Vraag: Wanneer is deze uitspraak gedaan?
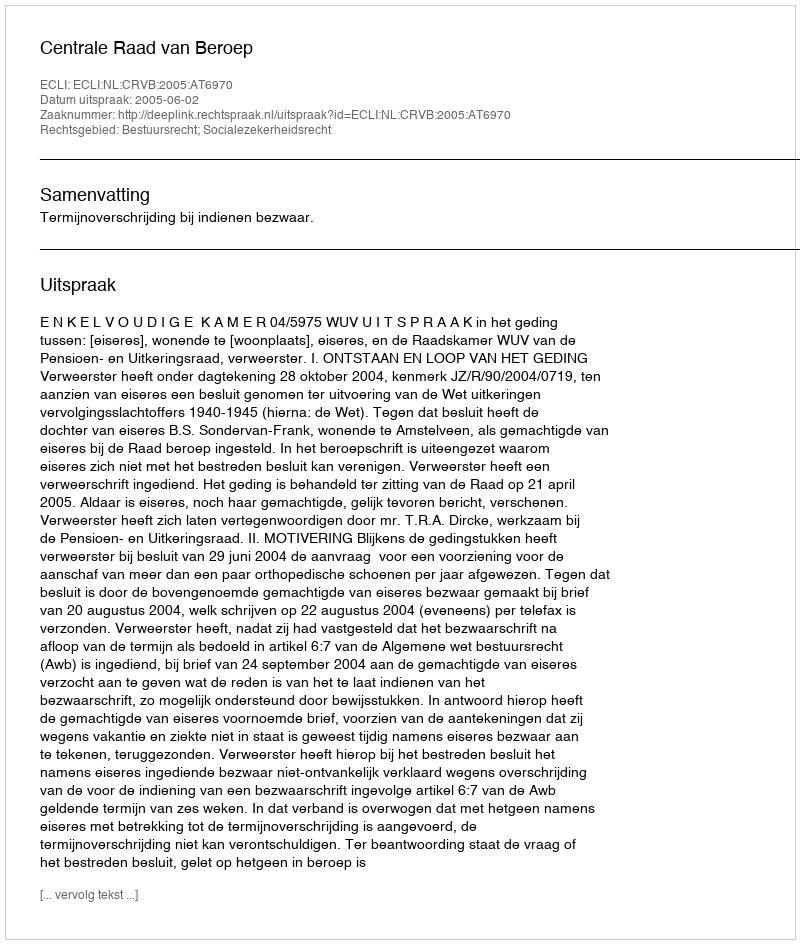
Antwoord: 2005-06-02